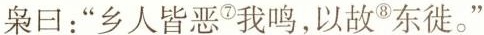
枭曰：”乡人皆恶^{⑦}我鸣，以故^{⑧}东徙。